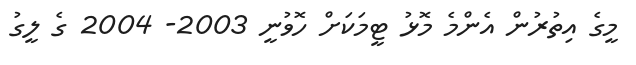
މީގެ އިތުރުން އެންމެ މޮޅު ޓީމަކަށް ހޮވުނީ 2003- 2004 ގެ ލީގު